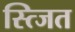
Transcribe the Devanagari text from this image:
स्त्जित